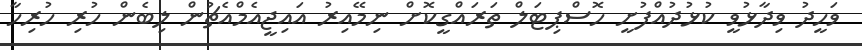
ވަހީދު ވިދާޅުވީ ކުޅުދުއްފުށީ ހޮސްޕިޓަލް ތަރައްގީކޮށް ނިމޭއިރު އައިޖީއެމްއެޗުން ލިބެން ހުރި ހުރިހާ